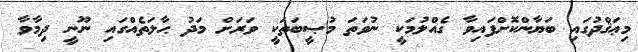
މިޢަޤްދުގައި ބަޔާންކޮށްފައިވާ ގެއްލުމަކީ ނުވަތަ މުޞީބަތަކީ ވަރަށް މަދު ޙާލަތެއްގައި ނޫނީ ދިމާވާ